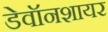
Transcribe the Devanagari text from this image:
डेवॉनशायर